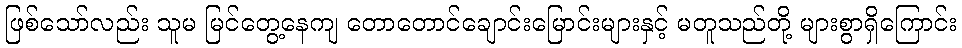
ဖြစ်သော်လည်း သူမ မြင်တွေ့နေကျ တောတောင်ချောင်းမြောင်းများနှင့် မတူသည်တို့ များစွာရှိကြောင်း